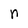
Character: n